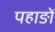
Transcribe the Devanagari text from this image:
पहाङों